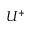
U ^ { + }